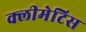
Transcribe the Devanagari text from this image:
क्लीमेटिस